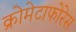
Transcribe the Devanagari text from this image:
क्रोमेटाफोरेस